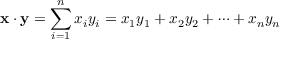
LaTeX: \mathbf { x } \cdot \mathbf { y } = \sum _ { i = 1 } ^ { n } x _ { i } y _ { i } = x _ { 1 } y _ { 1 } + x _ { 2 } y _ { 2 } + \cdots + x _ { n } y _ { n }